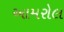
આમરોલ